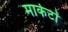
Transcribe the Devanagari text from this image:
मार्कटों